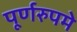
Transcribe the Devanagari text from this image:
पूर्णरुपमे